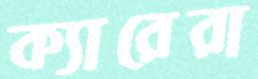
ক্যারেরা